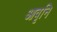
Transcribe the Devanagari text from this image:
आवृनि